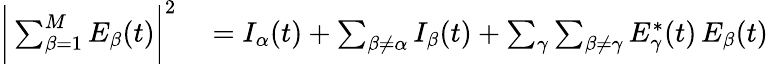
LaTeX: \begin{array}{rl}{\bigg|\sum_{\beta=1}^{M}E_{\beta}(t)\bigg|^{2}}&{{}=I_{\alpha}(t)+\sum_{\beta\neq\alpha}I_{\beta}(t)+\sum_{\gamma}\sum_{\beta\neq\gamma}E_{\gamma}^{*}(t)\, E_{\beta}(t)}\end{array}